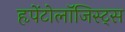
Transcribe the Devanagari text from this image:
हृपेंटोलॉजिस्ट्स